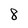
Character: 8